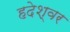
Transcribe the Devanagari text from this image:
हदेश्वर